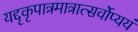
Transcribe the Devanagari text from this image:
यद्दृकृपात्रमात्रात्सर्वोप्ययं